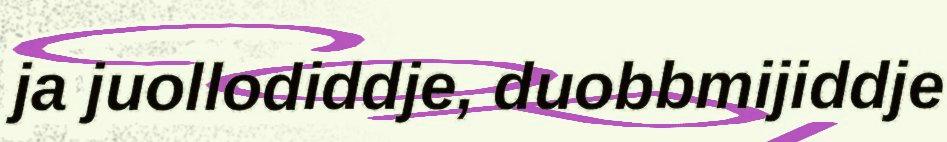
ja juollodiddje, duobbmijiddje